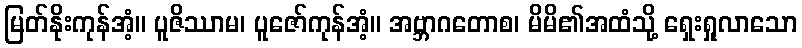
မြတ်နိုးကုန်အံ့။ ပူဇိဿာမ၊ ပူဇော်ကုန်အံ့။ အဗ္ဘာဂတောစ၊ မိမိ၏အထံသို့ ရှေးရှုလာသော